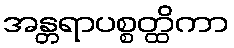
အန္တရာပစ္စတ္ထိကာ